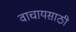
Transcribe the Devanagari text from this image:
वाचायसाठी